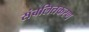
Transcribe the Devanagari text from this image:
संबलितकरण